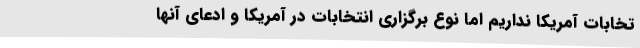
تخابات آمریکا نداریم اما نوع برگزاری انتخابات در آمریکا و ادعای آنها